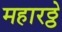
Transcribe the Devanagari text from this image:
महारठ्ठे